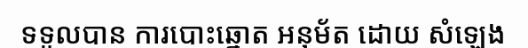
ទទួលបាន ការបោះឆ្នោត អនុម័ត ដោយ សំឡេង